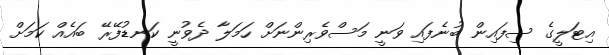
އިޓަލީގެ ސިފައިން ބުނެފައި ވަނީ މަސްވެރިންނަށް ހަމަލާ ދެވުނީ ކަނޑުފޭރޭ ބައެއް ކަމަށް